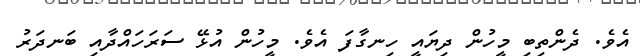
އެވެ. ދެންތިބި މީހުން ދިޔައީ ހިނގާފަ އެވެ. މީހުން އުޅޭ ސަރަހައްދާއި ބަނދަރު